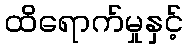
ထိရောက်မှုနှင့်